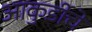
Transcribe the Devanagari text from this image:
आकुर्डीचे